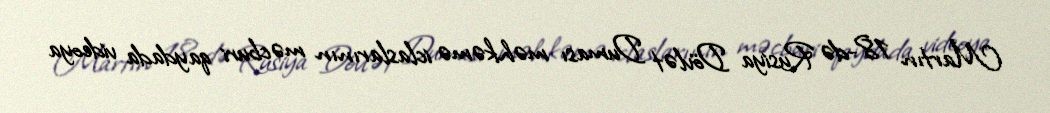
Martın 18-də Rusiya Dövlət Duması məhkəmə iclaslarının məcburi qaydada videoya